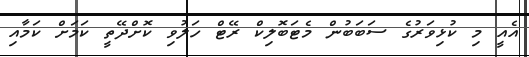
އެއީ މި ކުޅިވަރުގެ ސަބަބުން މެޓަބޮލިކް ރޭޓް ހަލުވި ކޮށްދޭތީ ކަމަށް ކަމާއި